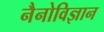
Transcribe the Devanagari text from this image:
नैनोविज्ञान